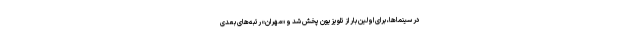
در سینماها، برای اولین بار از تلویزیون پخش شد و «مهران» رتبه‌های بعدی